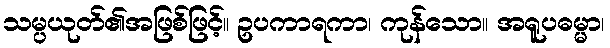
သမ္ပယုတ်၏အဖြစ်ဖြင့်။ ဥပကာရကာ၊ ကုန်သော။ အရူပဓမ္မာ၊